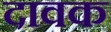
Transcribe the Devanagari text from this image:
दावक